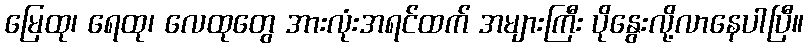
မြေထု၊ ရေထု၊ လေထုတွေ အားလုံးအရင်ထက် အများကြီး ပိုနွေးလို့လာနေပါပြီ။